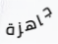
جاهزة